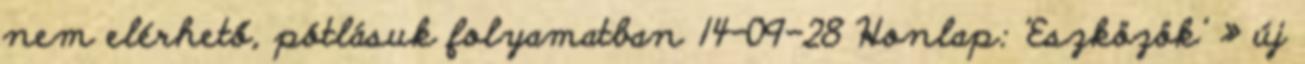
nem elérhető, pótlásuk folyamatban 14-09-28 Honlap: 'Eszközök' » új